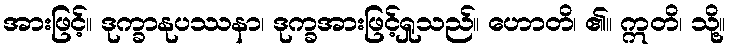
အားဖြင့်။ ဒုက္ခာနုပဿနာ၊ ဒုက္ခအားဖြင့်ရှုသည်။ ဟောတိ၊ ၏။ ဣတိ၊ သို့။